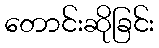
တောင်းဆိုခြင်း